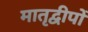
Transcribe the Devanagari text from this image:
मातृद्वीपों